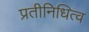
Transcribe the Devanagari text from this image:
प्रतीनिधित्व